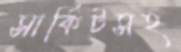
সার্কিটসহ